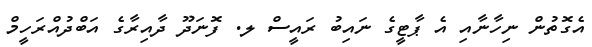
އެގޮތުން ނިހާނާއި އެ ޕާޓީގެ ނައިބު ރައީސް ލ. ފޮނަދޫ ދާއިރާގެ އަބްދުއްރަހީމް